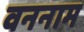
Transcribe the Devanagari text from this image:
वननाम